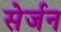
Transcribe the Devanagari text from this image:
सेर्जन